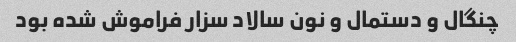
چنگال و دستمال و نون سالاد سزار فراموش شده بود